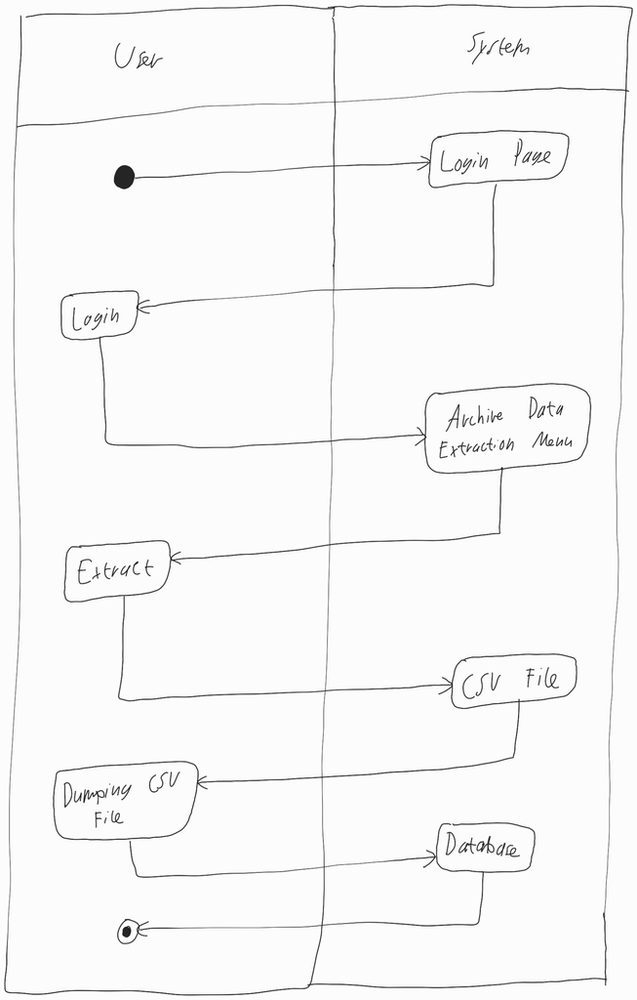
Diagram type: activity_diagram
```plantuml
@startuml

|User|

start

|System|

:Login Page;

|User|

:Login;

|System|

:Archive Data Extraction Menu;

|User|

:Extract;

|System|

:CSV File;

|User|

:Dumping CSV File;

|System|

:Database;

|User|

stop

@enduml
```